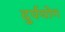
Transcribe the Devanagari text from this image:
दुर्पयोग